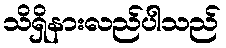
သိရှိနားလည်ပါသည်